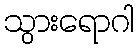
သွားရောဂါ